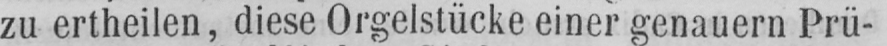
zu ertheilen, diese Orgelstücke einer genauern Prü-